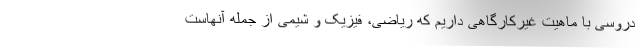
دروسی با ماهیت غیرکارگاهی داریم که ریاضی، فیزیک و شیمی از جمله آنهاست